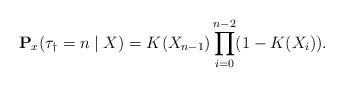
LaTeX: \begin{align*}\mathbf{P}_x(\tau_\dagger = n \mid X) = K(X_{n-1}) \prod_{i=0}^{n-2} (1-K(X_i)).\end{align*}